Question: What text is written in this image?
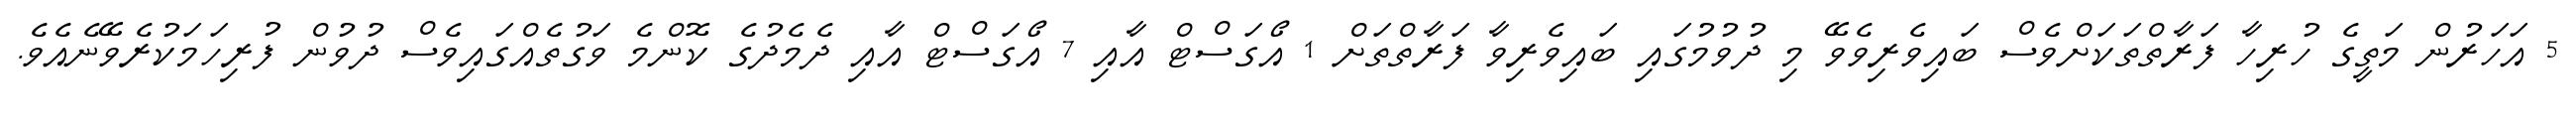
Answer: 5 އަހަރުން މަތީގެ ހުރިހާ ފަރާތްތަކަށްވެސް ބައިވެރިވެވޭ މި ދުވުމުގައި ބައިވެރިވާ ފަރާތްތަށް 1 އޯގަސްޓް އާއި 7 އޯގަސްޓް އާއި ދެމެދުގެ ކޮންމެ ވަގުތެއްގައިވެސް ދުވުން ފުރިހަމަކުރެވޭނެއެވެ.